Annual report of the Punjab Veterinary College and of the Civil Veterinary Department, Punjab - 1920-1925
Year: 1920
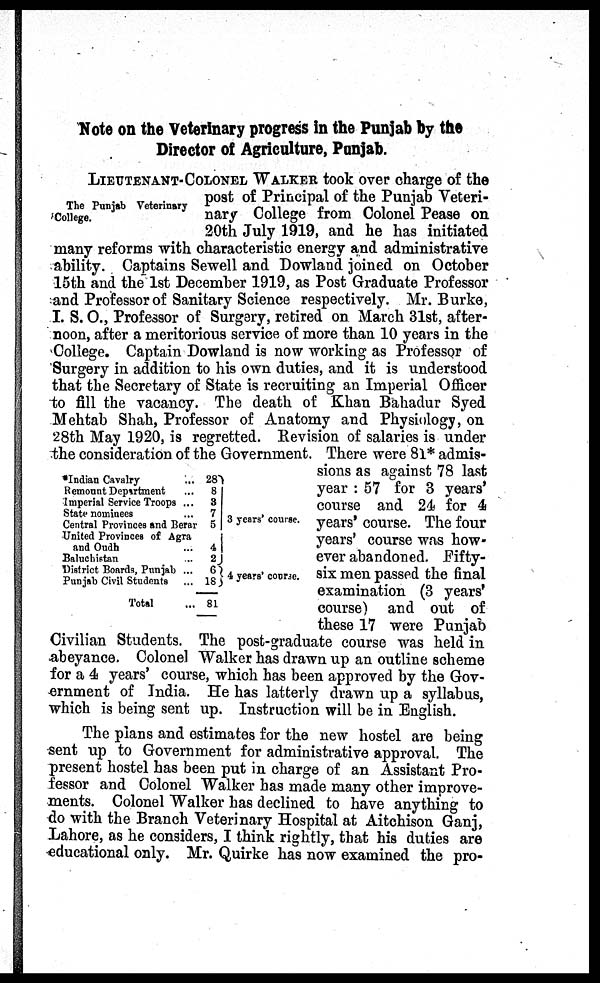
Note on the Veterinary progress in the Punjab by the
Director of Agriculture, Punjab.
The Punjab Veterinary
College.
LIEUTENANT-COLONEL WALKER took over charge of the
post of Principal of the Punjab Veteri-
nary College from Colonel Pease on
20th July 1919, and he has initiated
many reforms with characteristic energy and administrative
ability. Captains Sewell and Dowland joined on October
15th and the 1st December 1919, as Post Graduate Professor
and Professor of Sanitary Science respectively. Mr. Burke,
I. S. O., Professor of Surgery, retired on March 31st, after-
noon, after a meritorious service of more than 10 years in the
College. Captain Dowland is now working as Professor of
Surgery in addition to his own duties, and it is understood
that the Secretary of State is recruiting an Imperial Officer
to fill the vacancy. The death of Khan Bahadur Syed
Mehtab Shah, Professor of Anatomy and Physiology, on
28th May 1920, is regretted. Revision of salaries is under
the consideration of the Government. There were 81* admis-
sions as against 78 last
year : 57 for 3 years'
course and 24 for 4
years' course. The four
years' course was how-
ever abandoned. Fifty-
six men passed the final
examination (3 years'
course) and out of
these 17 were Punjab
Civilian Students. The post-graduate course was held in
abeyance. Colonel Walker has drawn up an outline scheme
for a 4 years' course, which has been approved by the Gov-
ernment of India. He has latterly drawn up a syllabus,
which is being sent up. Instruction will be in English.
*Indian Cavalry ...
Remount Department ...
Imperial Service Troops ...
State nominees ...
Central Provinces and Berar
United Provinces of Agra
and Oudh ...
Baluchistan ...
District Boards, Punjab ...
Punjab Civil Students ...
Total ...
28
8
3
7
5
4
2
6
18
81
3 years' course.
4 years' course.
The plans and estimates for the new hostel are being
sent up to Government for administrative approval. The
present hostel has been put in charge of an Assistant Pro-
fessor and Colonel Walker has made many other improve-
ments. Colonel Walker has declined to have anything to
do with the Branch Veterinary Hospital at Aitchison Ganj,
Lahore, as he considers, I think rightly, that his duties are
educational only. Mr. Quirke has now examined the pro-